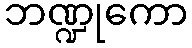
ဘဏ္ဍုကော